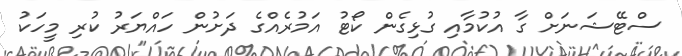
ސްޓޭޝަނަށް ގާ އުކުމާއި ގުޅިގެން ކޯޓު އަމުރެއްގެ ދަށުން ހައްޔަރު ކުރި މީހަކު